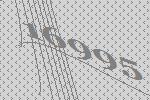
16995